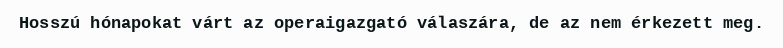
Hosszú hónapokat várt az operaigazgató válaszára, de az nem érkezett meg.